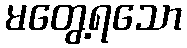
မတွေ့ရသော